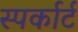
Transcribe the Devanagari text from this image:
स्पर्कार्ट